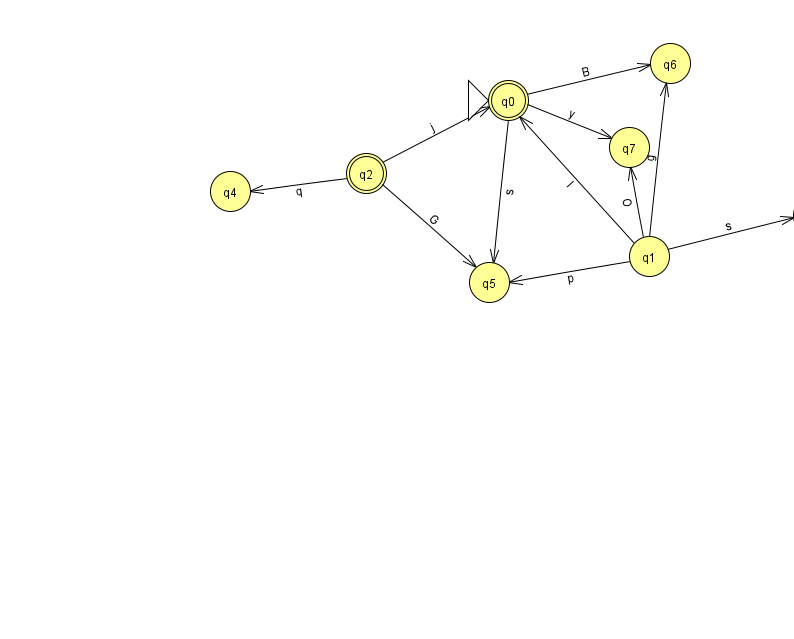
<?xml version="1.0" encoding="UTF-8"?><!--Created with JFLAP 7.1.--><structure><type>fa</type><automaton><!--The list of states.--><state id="0" name="q0"><x>508.0</x><y>87.0</y><initial/><final/></state><state id="1" name="q1"><x>649.0</x><y>243.0</y></state><state id="2" name="q2"><x>366.0</x><y>160.0</y><final/></state><state id="3" name="q3"><x>813.0</x><y>202.0</y></state><state id="4" name="q4"><x>230.0</x><y>178.0</y></state><state id="5" name="q5"><x>489.0</x><y>269.0</y></state><state id="6" name="q6"><x>670.0</x><y>50.0</y></state><state id="7" name="q7"><x>629.0</x><y>134.0</y></state><!--The list of transitions.--><transition><from>1</from><to>6</to><read>g</read></transition><transition><from>1</from><to>7</to><read>O</read></transition><transition><from>1</from><to>3</to><read>s</read></transition><transition><from>2</from><to>5</to><read>G</read></transition><transition><from>0</from><to>5</to><read>s</read></transition><transition><from>1</from><to>0</to><read>I</read></transition><transition><from>2</from><to>4</to><read>q</read></transition><transition><from>1</from><to>5</to><read>p</read></transition><transition><from>0</from><to>6</to><read>B</read></transition><transition><from>0</from><to>7</to><read>y</read></transition><transition><from>2</from><to>0</to><read>j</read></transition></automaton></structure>